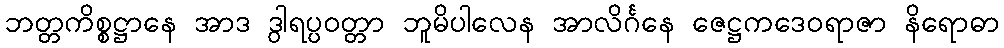
ဘတ္တကိစ္စဋ္ဌာနေ အာဒ ဒွါရပ္ပဝတ္တာ ဘူမိပါလေန အာလိင်္ဂနေ ဇေဋ္ဌကဒေဝရာဇာ နိရောဓာ